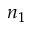
n _ { 1 }